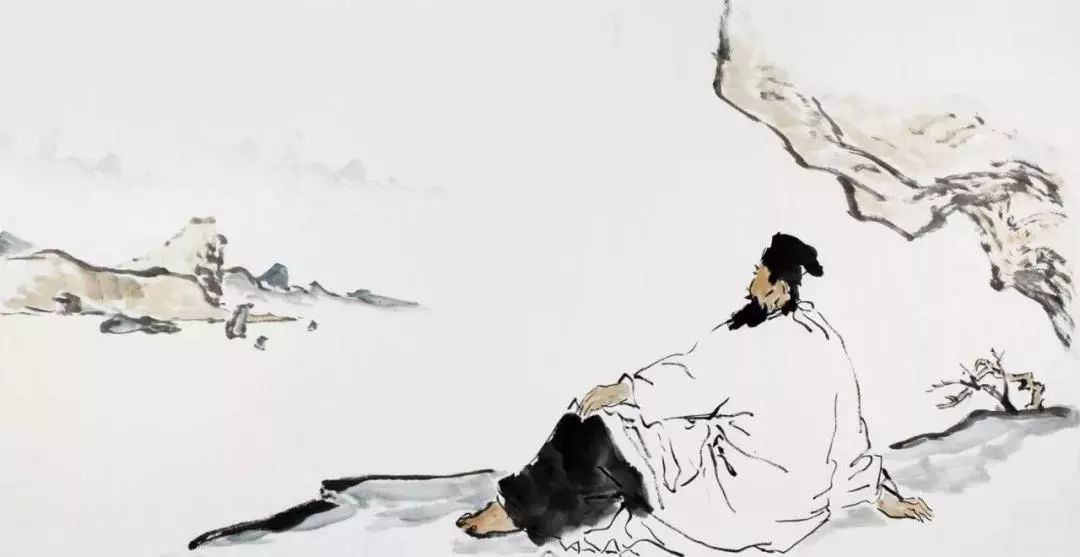
诗酒趁年华。